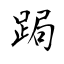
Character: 跼